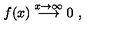
f ( x ) \stackrel { x \rightarrow \infty } { \longrightarrow } 0 \ ,